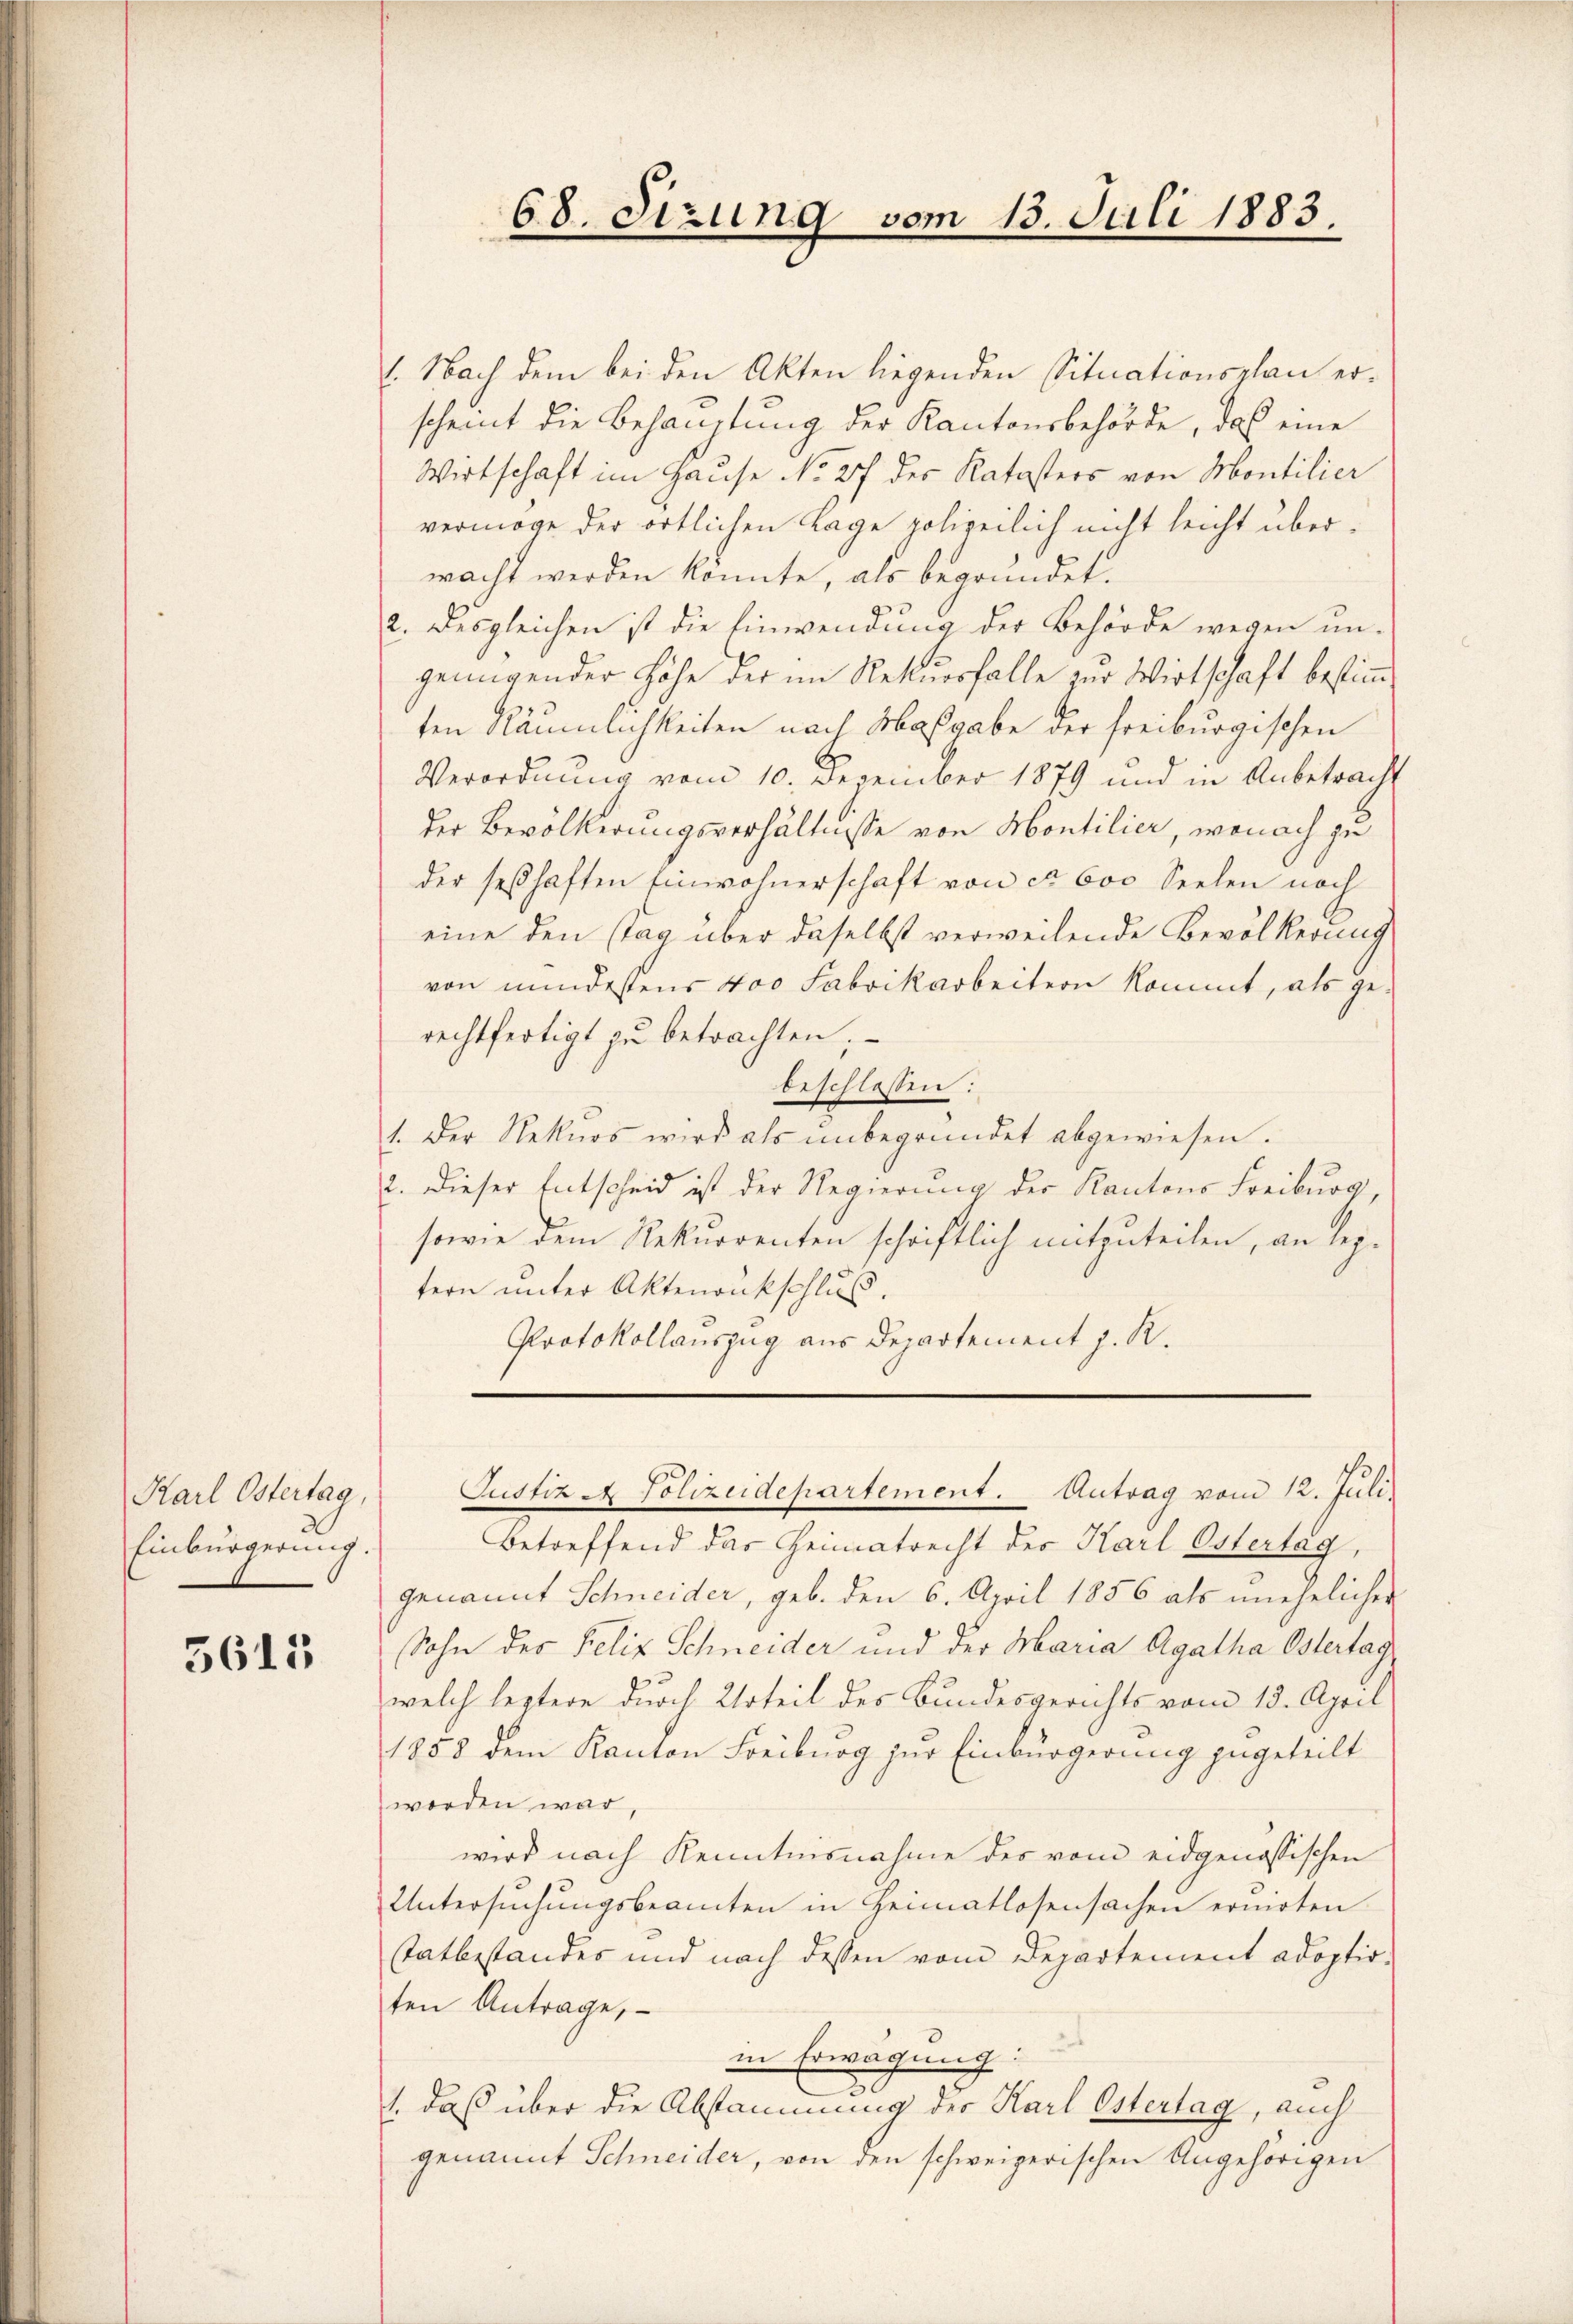
Karl Ostertag,
Einbürgerung.

5611

68. Sizung vom 13. Juli 1883.

. Nach dem bei den Akten liegenden Situationsplan erscheint die Behauptung der Kantonsbehörde, das eine
Wirtschaft im Hause No 27 des Katasters von Montilier
vermöge der örtlichen Lage polizeilich nicht leicht überwacht werden könnte, als begründet.
2. Desgleichen ist die Einwendung der Behörde wegen un-
genügender Höhe der im Rekursfalle zur Wirtschaft bestimten Räumlichkeiten nach Maßgabe der freiburgischen
Verordnung vom 10. Dezember 1879 und in Anbetracht
der Bevölkerungsverhältnisse von Montilier, wonach zu
der seßhaften Einwohnerschaft von ca 600 Seelen noch
eine den (tag über daselbst verweilende Bevölkerung
von mindestens 400 Fabrikarbeitern kommt, als gerechtfertigt zu betrachten;
beschlossen:
1. Der Rekurs wird als ŭnbegründet abgewiesen.
2. Dieser Entscheid ist der Regierung der Kantons Freiburg,
sowie dem Rekurrenten schriftlich mitzuteilen, an leztern unter Aktenankschluss.
Protokollauszug aus Departement J. K.

Betreffend das Heimatrecht der Karl Ostertag,
genannt Schneider, geb. den 6. April 1856 als unehelicher
Sohn des Felix Schneider und der Maria Agatha Ostertag
welch leztere durch Urteil des Bundesgerichts vom 13. April
1858 dem Kanton Freiburg zur Einbürgerung zugeteilt
worden war,
wird nach Kenntnisnahme des vom eidgenössischen
Untersuchungsbeamten in Heimatlosensachen ernirten
statbestandes und nach dessen vom Departement adoptirten Antrage,
in Erwägung:
1. daß über die Abstammung der Karl Ostertag, auch
genannt Schneider, von den schweizerischen Angehörigen

Justiz - Polizeidepartement. Antrag vom 12. Juli